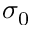
\sigma _ { 0 }